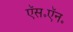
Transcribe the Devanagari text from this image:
ऍस॰ऍन॰